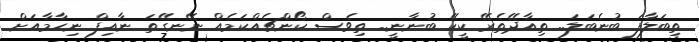
ތިބަލާފަ ބުނެބަލަ.. ތިއާދޭތެރޭ ކީކޭ ބުނާނީ.. ތިވެސް ކޯންޗެއްކަމެއް ނޭނގޭތަ ނާއިފް ނިހާމާއަށް